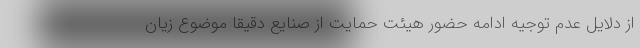
از دلایل عدم توجیه ادامه حضور هیئت حمایت از صنایع دقیقاً موضوع زیان